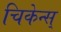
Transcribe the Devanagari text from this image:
चिकेन्स्